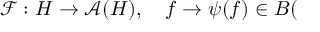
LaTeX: \mathcal { F } : H \rightarrow \mathcal { A } ( H ) , \quad f \rightarrow \psi ( f ) \in B (